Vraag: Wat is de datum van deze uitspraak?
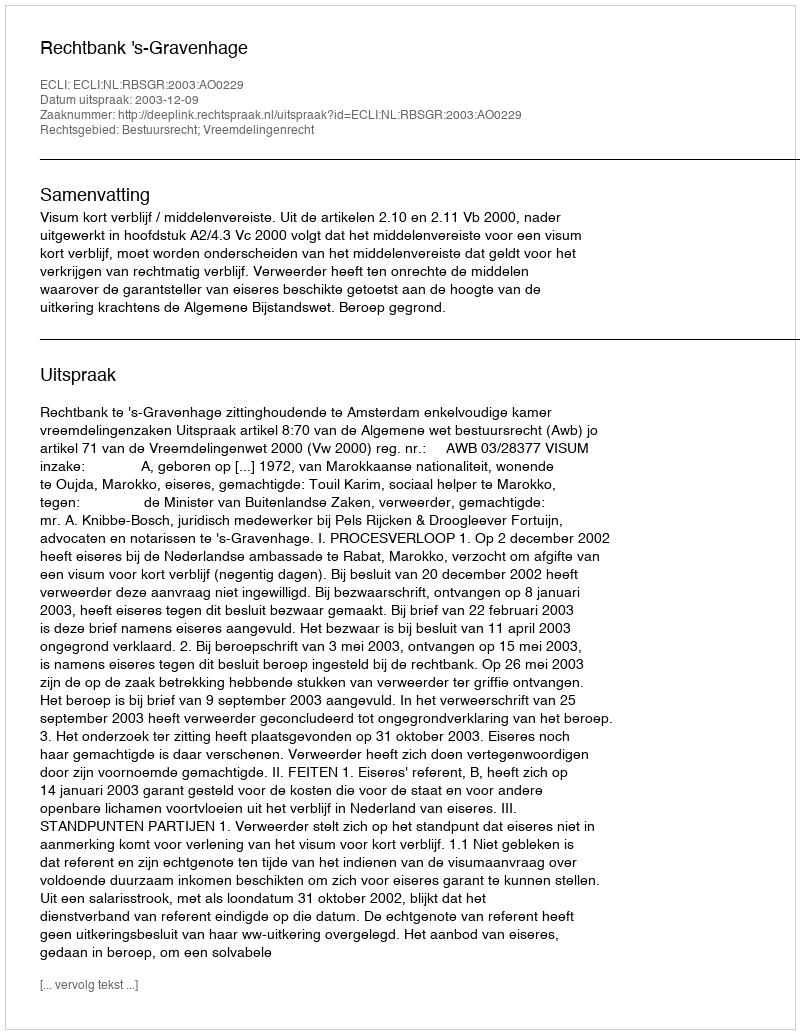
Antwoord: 2003-12-09